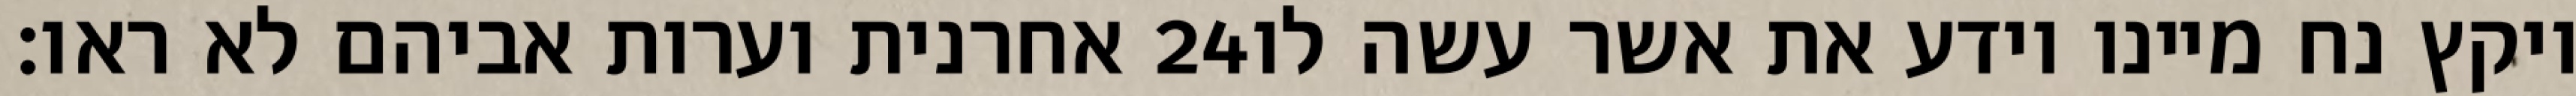
אחרנית וערות אביהם לא ראו׃ ‎24‏ ויקץ נח מיינו וידע את אשר עשה לו